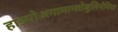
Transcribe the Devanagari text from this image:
हाइपोअगामाग्लोबुलिनेमिया